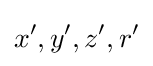
x',y',z',r'